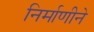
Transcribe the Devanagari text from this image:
निर्माणीने